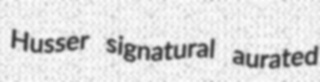
Husser signatural aurated